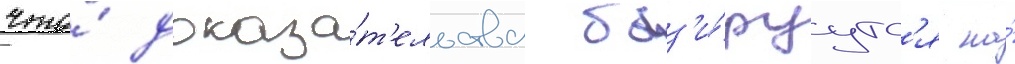
что́ доказа́т'ельства баз'и́руутс'я на́